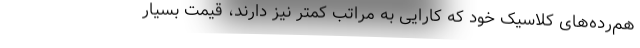
هم‌رده‌های کلاسیک خود که کارایی به مراتب کمتر نیز دارند، قیمت بسیار